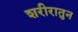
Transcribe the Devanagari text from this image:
शरीरातुन